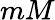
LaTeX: mM